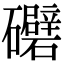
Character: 𥗲